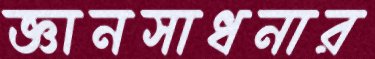
জ্ঞানসাধনার